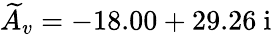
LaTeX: \widetilde{A}_{v}=-18.00+29.26\ \mathrm{i}